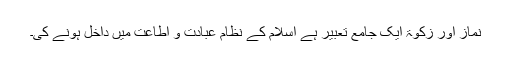
نماز اور زکوٰۃ ایک جامع تعبیر ہے اسلام کے نظام عبادت و اطاعت میں داخل ہونے کی۔